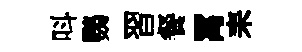
呌鸚習餐罥耒